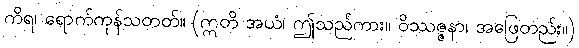
ကိရ၊ ရောက်ကုန်သတတ်။ (ဣတိ အယံ၊ ဤသည်ကား။ ဝိဿဇ္ဇနာ၊ အဖြေတည်း။)